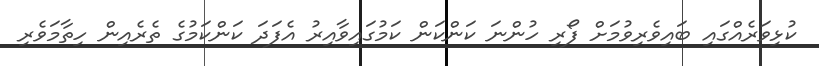
ކުޅިވަރެއްގައި ބައިވެރިވުމަށް ފޯރި ހުންނަ ކަންކަން ކަމުގައިވާއިރު އެފަދަ ކަންކަމުގެ ތެރެއިން ހިތާމަވެރި